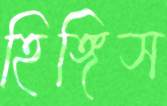
হিঙ্গিস